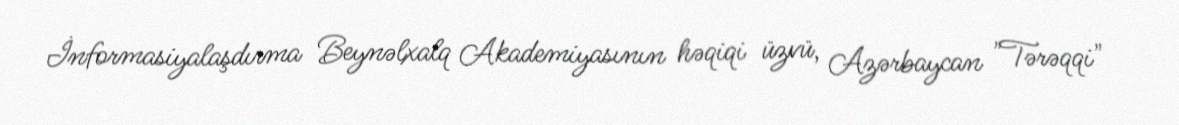
İnformasiyalaşdırma Beynəlxalq Akademiyasının həqiqi üzvü, Azərbaycan "Tərəqqi"